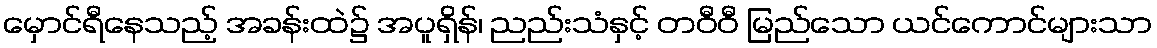
မှောင်ရီနေသည့် အခန်းထဲ၌ အပူရှိန်၊ ညည်းသံနှင့် တဝီဝီ မြည်သော ယင်ကောင်များသာ